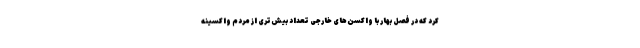
کرد که در فصل بهار با واکسن‌های خارجی تعداد بیش‌تری از مردم واکسینه